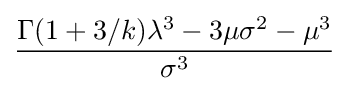
{\frac {\Gamma (1+3/k)\lambda ^{3}-3\mu \sigma ^{2}-\mu ^{3}}{\sigma ^{3}}}